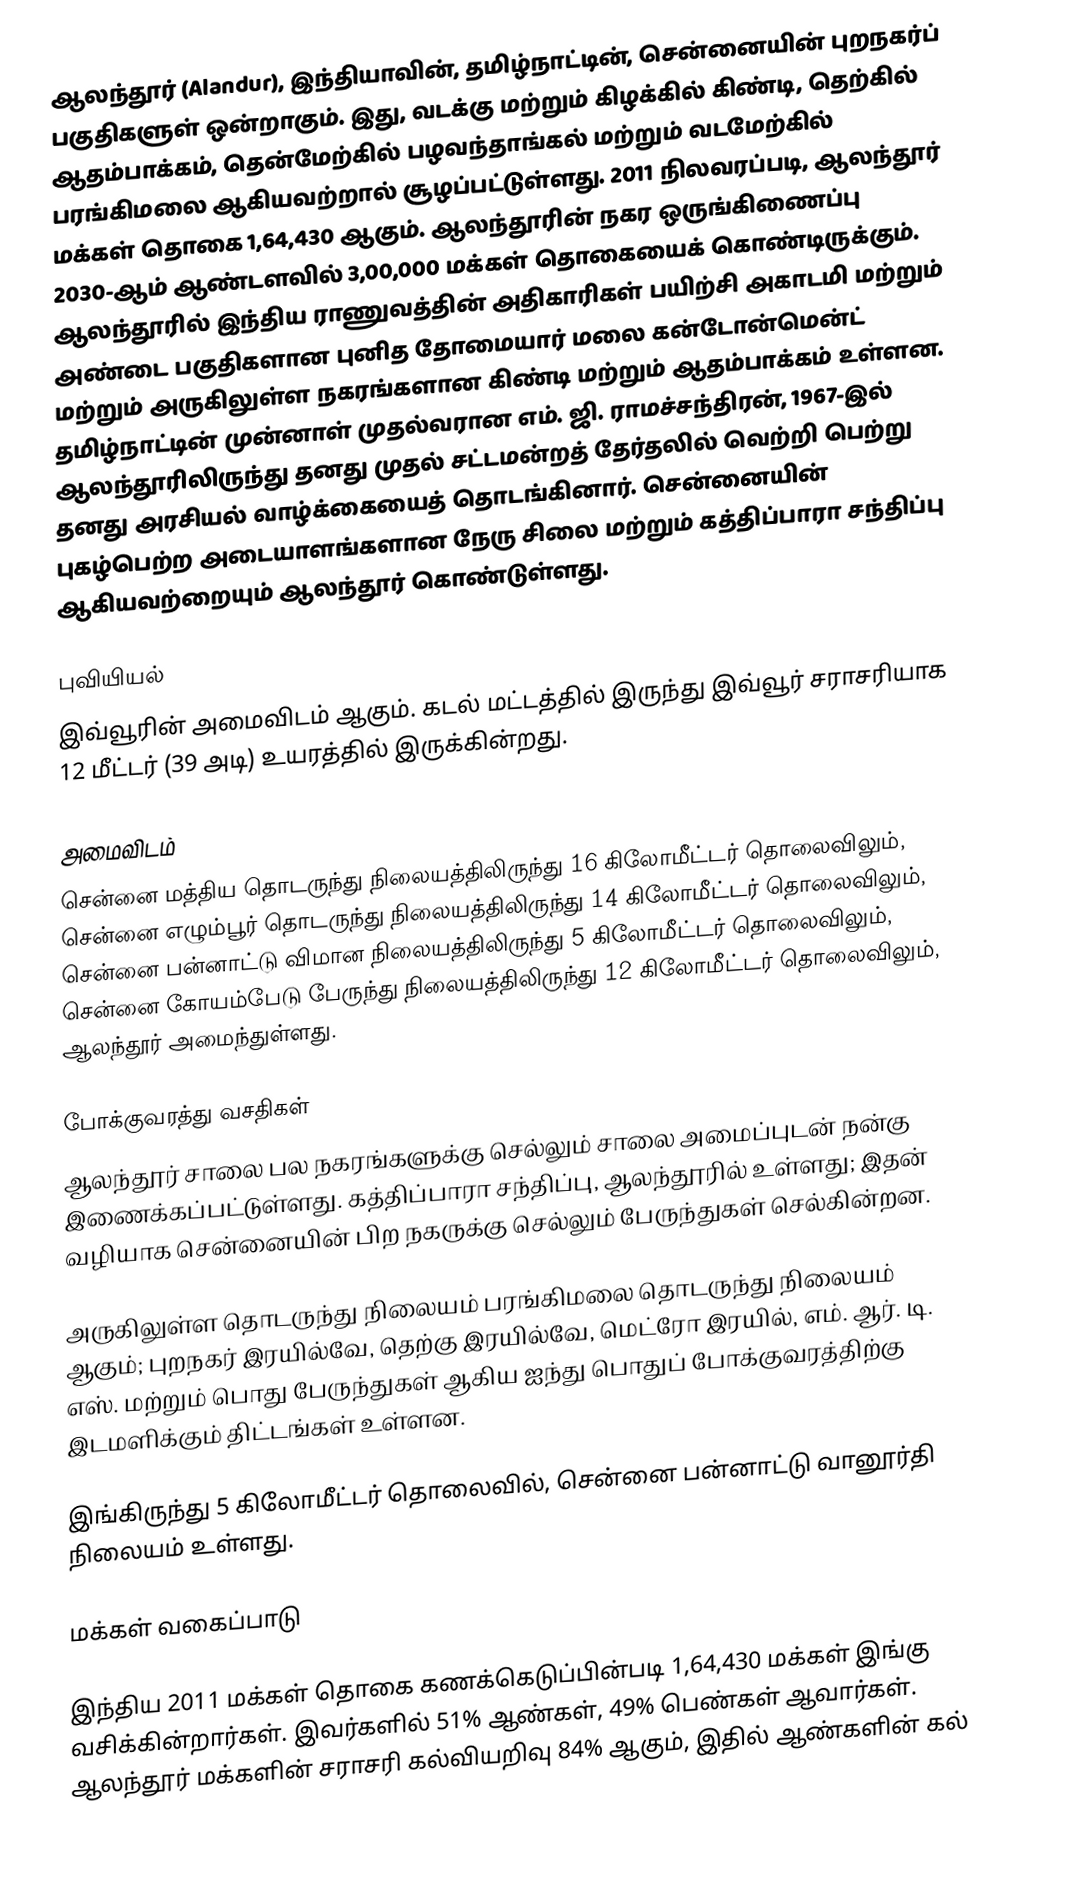
ஆலந்தூர் (Alandur), இந்தியாவின், தமிழ்நாட்டின், சென்னையின் புறநகர்ப் பகுதிகளுள் ஒன்றாகும். இது, வடக்கு மற்றும் கிழக்கில் கிண்டி, தெற்கில் ஆதம்பாக்கம், தென்மேற்கில் பழவந்தாங்கல் மற்றும் வடமேற்கில் பரங்கிமலை ஆகியவற்றால் சூழப்பட்டுள்ளது. 2011 நிலவரப்படி, ஆலந்தூர் மக்கள் தொகை 1,64,430 ஆகும். ஆலந்தூரின் நகர ஒருங்கிணைப்பு 2030-ஆம் ஆண்டளவில் 3,00,000 மக்கள் தொகையைக் கொண்டிருக்கும். ஆலந்தூரில் இந்திய ராணுவத்தின் அதிகாரிகள் பயிற்சி அகாடமி மற்றும் அண்டை பகுதிகளான புனித தோமையார் மலை கன்டோன்மென்ட் மற்றும் அருகிலுள்ள நகரங்களான கிண்டி மற்றும் ஆதம்பாக்கம் உள்ளன. தமிழ்நாட்டின் முன்னாள் முதல்வரான எம். ஜி. ராமச்சந்திரன், 1967-இல் ஆலந்தூரிலிருந்து தனது முதல் சட்டமன்றத் தேர்தலில் வெற்றி பெற்று தனது அரசியல் வாழ்க்கையைத் தொடங்கினார். சென்னையின் புகழ்பெற்ற அடையாளங்களான நேரு சிலை மற்றும் கத்திப்பாரா சந்திப்பு ஆகியவற்றையும் ஆலந்தூர் கொண்டுள்ளது.

புவியியல்
இவ்வூரின் அமைவிடம்  ஆகும். கடல் மட்டத்தில் இருந்து இவ்வூர் சராசரியாக 12 மீட்டர் (39 அடி) உயரத்தில் இருக்கின்றது.

அமைவிடம்
சென்னை மத்திய தொடருந்து நிலையத்திலிருந்து 16 கிலோமீட்டர் தொலைவிலும், சென்னை எழும்பூர் தொடருந்து நிலையத்திலிருந்து 14 கிலோமீட்டர் தொலைவிலும், சென்னை பன்னாட்டு விமான நிலையத்திலிருந்து 5 கிலோமீட்டர் தொலைவிலும், சென்னை கோயம்பேடு பேருந்து நிலையத்திலிருந்து 12 கிலோமீட்டர் தொலைவிலும், ஆலந்தூர் அமைந்துள்ளது.

போக்குவரத்து வசதிகள்
ஆலந்தூர் சாலை பல நகரங்களுக்கு செல்லும் சாலை அமைப்புடன் நன்கு இணைக்கப்பட்டுள்ளது. கத்திப்பாரா சந்திப்பு, ஆலந்தூரில் உள்ளது; இதன் வழியாக சென்னையின் பிற நகருக்கு செல்லும் பேருந்துகள் செல்கின்றன.

அருகிலுள்ள தொடருந்து நிலையம் பரங்கிமலை தொடருந்து நிலையம் ஆகும்; புறநகர் இரயில்வே, தெற்கு இரயில்வே, மெட்ரோ இரயில், எம். ஆர். டி. எஸ். மற்றும் பொது பேருந்துகள் ஆகிய ஐந்து பொதுப் போக்குவரத்திற்கு இடமளிக்கும் திட்டங்கள் உள்ளன.

இங்கிருந்து 5 கிலோமீட்டர் தொலைவில், சென்னை பன்னாட்டு வானூர்தி நிலையம் உள்ளது.

மக்கள் வகைப்பாடு

இந்திய 2011 மக்கள் தொகை கணக்கெடுப்பின்படி 1,64,430 மக்கள் இங்கு வசிக்கின்றார்கள். இவர்களில் 51% ஆண்கள், 49% பெண்கள் ஆவார்கள். ஆலந்தூர் மக்களின் சராசரி கல்வியறிவு 84% ஆகும், இதில் ஆண்களின் கல்